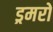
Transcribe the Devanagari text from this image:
ड्रमरों